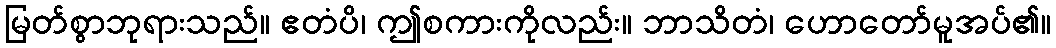
မြတ်စွာဘုရားသည်။ ဧတံပိ၊ ဤစကားကိုလည်း။ ဘာသိတံ၊ ဟောတော်မူအပ်၏။